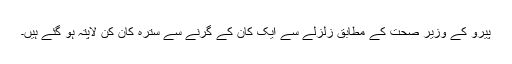
پیرو کے وزیر صحت کے مطابق زلزلے سے ایک کان کے گرنے سے سترہ کان کن لاپتہ ہو گئے ہیں۔